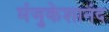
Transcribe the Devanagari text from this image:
मंजुकेशानंद